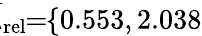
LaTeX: \! \! \! \overline{{\lambda}}_{\mathrm{{rel}}}\! \! =\! \! \{ 0.553,2.038\} \! \! \!